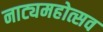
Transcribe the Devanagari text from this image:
नाट्यमहोत्सव